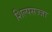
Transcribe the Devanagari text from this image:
शिल्पसज्जा